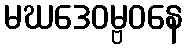
မဃဒေဝမ္ဗဝနေ